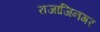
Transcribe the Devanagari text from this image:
राजाजिनगर